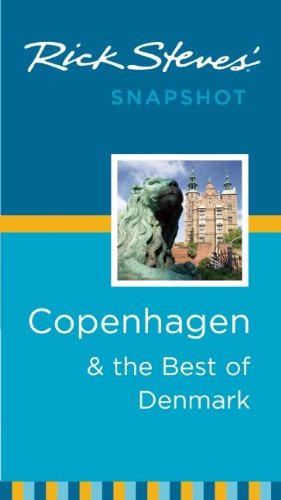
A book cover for Rick Steves' Snapshot Copenhagen & the Best of Denmark; Rick Steves; Travel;